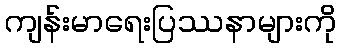
ကျန်းမာရေးပြဿနာများကို